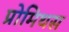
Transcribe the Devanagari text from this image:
प्रोमिथस